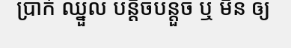
ប្រាក់ ឈ្នួល បន្តិចបន្តួច ឬ មិន ឲ្យ